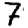
Digit: 7